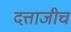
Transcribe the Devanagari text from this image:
दत्ताजीच